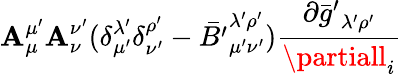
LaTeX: \mathbf{A}_{\mu}^{\mu^{\prime}}\mathbf{A}_{\nu}^{\nu^{\prime}}(\delta_{\mu^{\prime}}^{\lambda^{\prime}}\delta_{\nu^{\prime}}^{\rho^{\prime}}-{\bar{{B^{\prime}}}}_{\mu^{\prime}\nu^{\prime}}^{\lambda^{\prime}\rho^{\prime}})\frac{{\partial{\bar{{g}}^{\prime}}_{\lambda^{\prime}\rho^{\prime}}}}{{\partiall_{i}}}